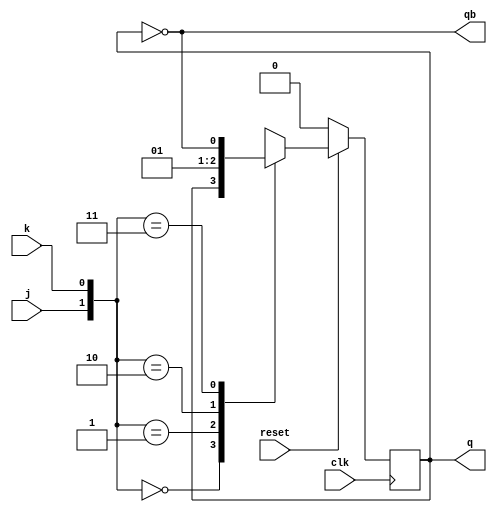
// Synchronous JK Flip Flop

module jk_ff_s(input reset,input clk,input j,input k,output reg q,output qb);

assign qb=~q;

always @(posedge clk)
if (~reset)
	q<=1'b0;
else
	case ({j,k})
		2'b00:q<=q;
		2'b01: q<=1'b0;
		2'b10: q<=1'b1;
		2'b11: q<=~q;
	endcase
	
endmodule